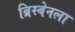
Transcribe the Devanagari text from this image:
ब्रिस्बेनला